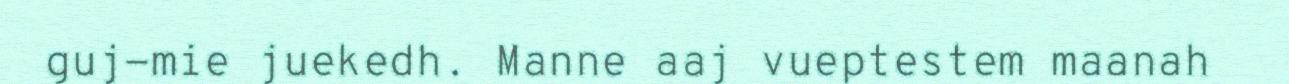
guj-mie juekedh. Manne aaj vueptestem maanah